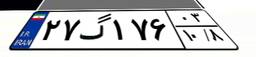
۷۱گ۸۶۲۸۸